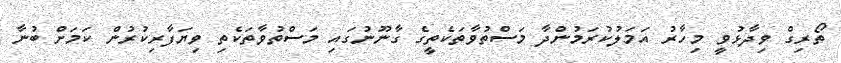
ތޯރިގް ވިދާޅުވީ މިހާރު އަމަލުކުރަމުންދާ މަސްތުވާތަކެތީގެ ގާނޫނުގައި މަސްތުވާތަކެތި ވިޔަފާރިކުރުން ކަމަށް ބުނާ